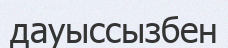
дауыссызбен